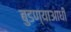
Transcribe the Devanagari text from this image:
बुडण्याआधी